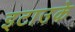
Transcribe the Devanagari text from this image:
इटाउके